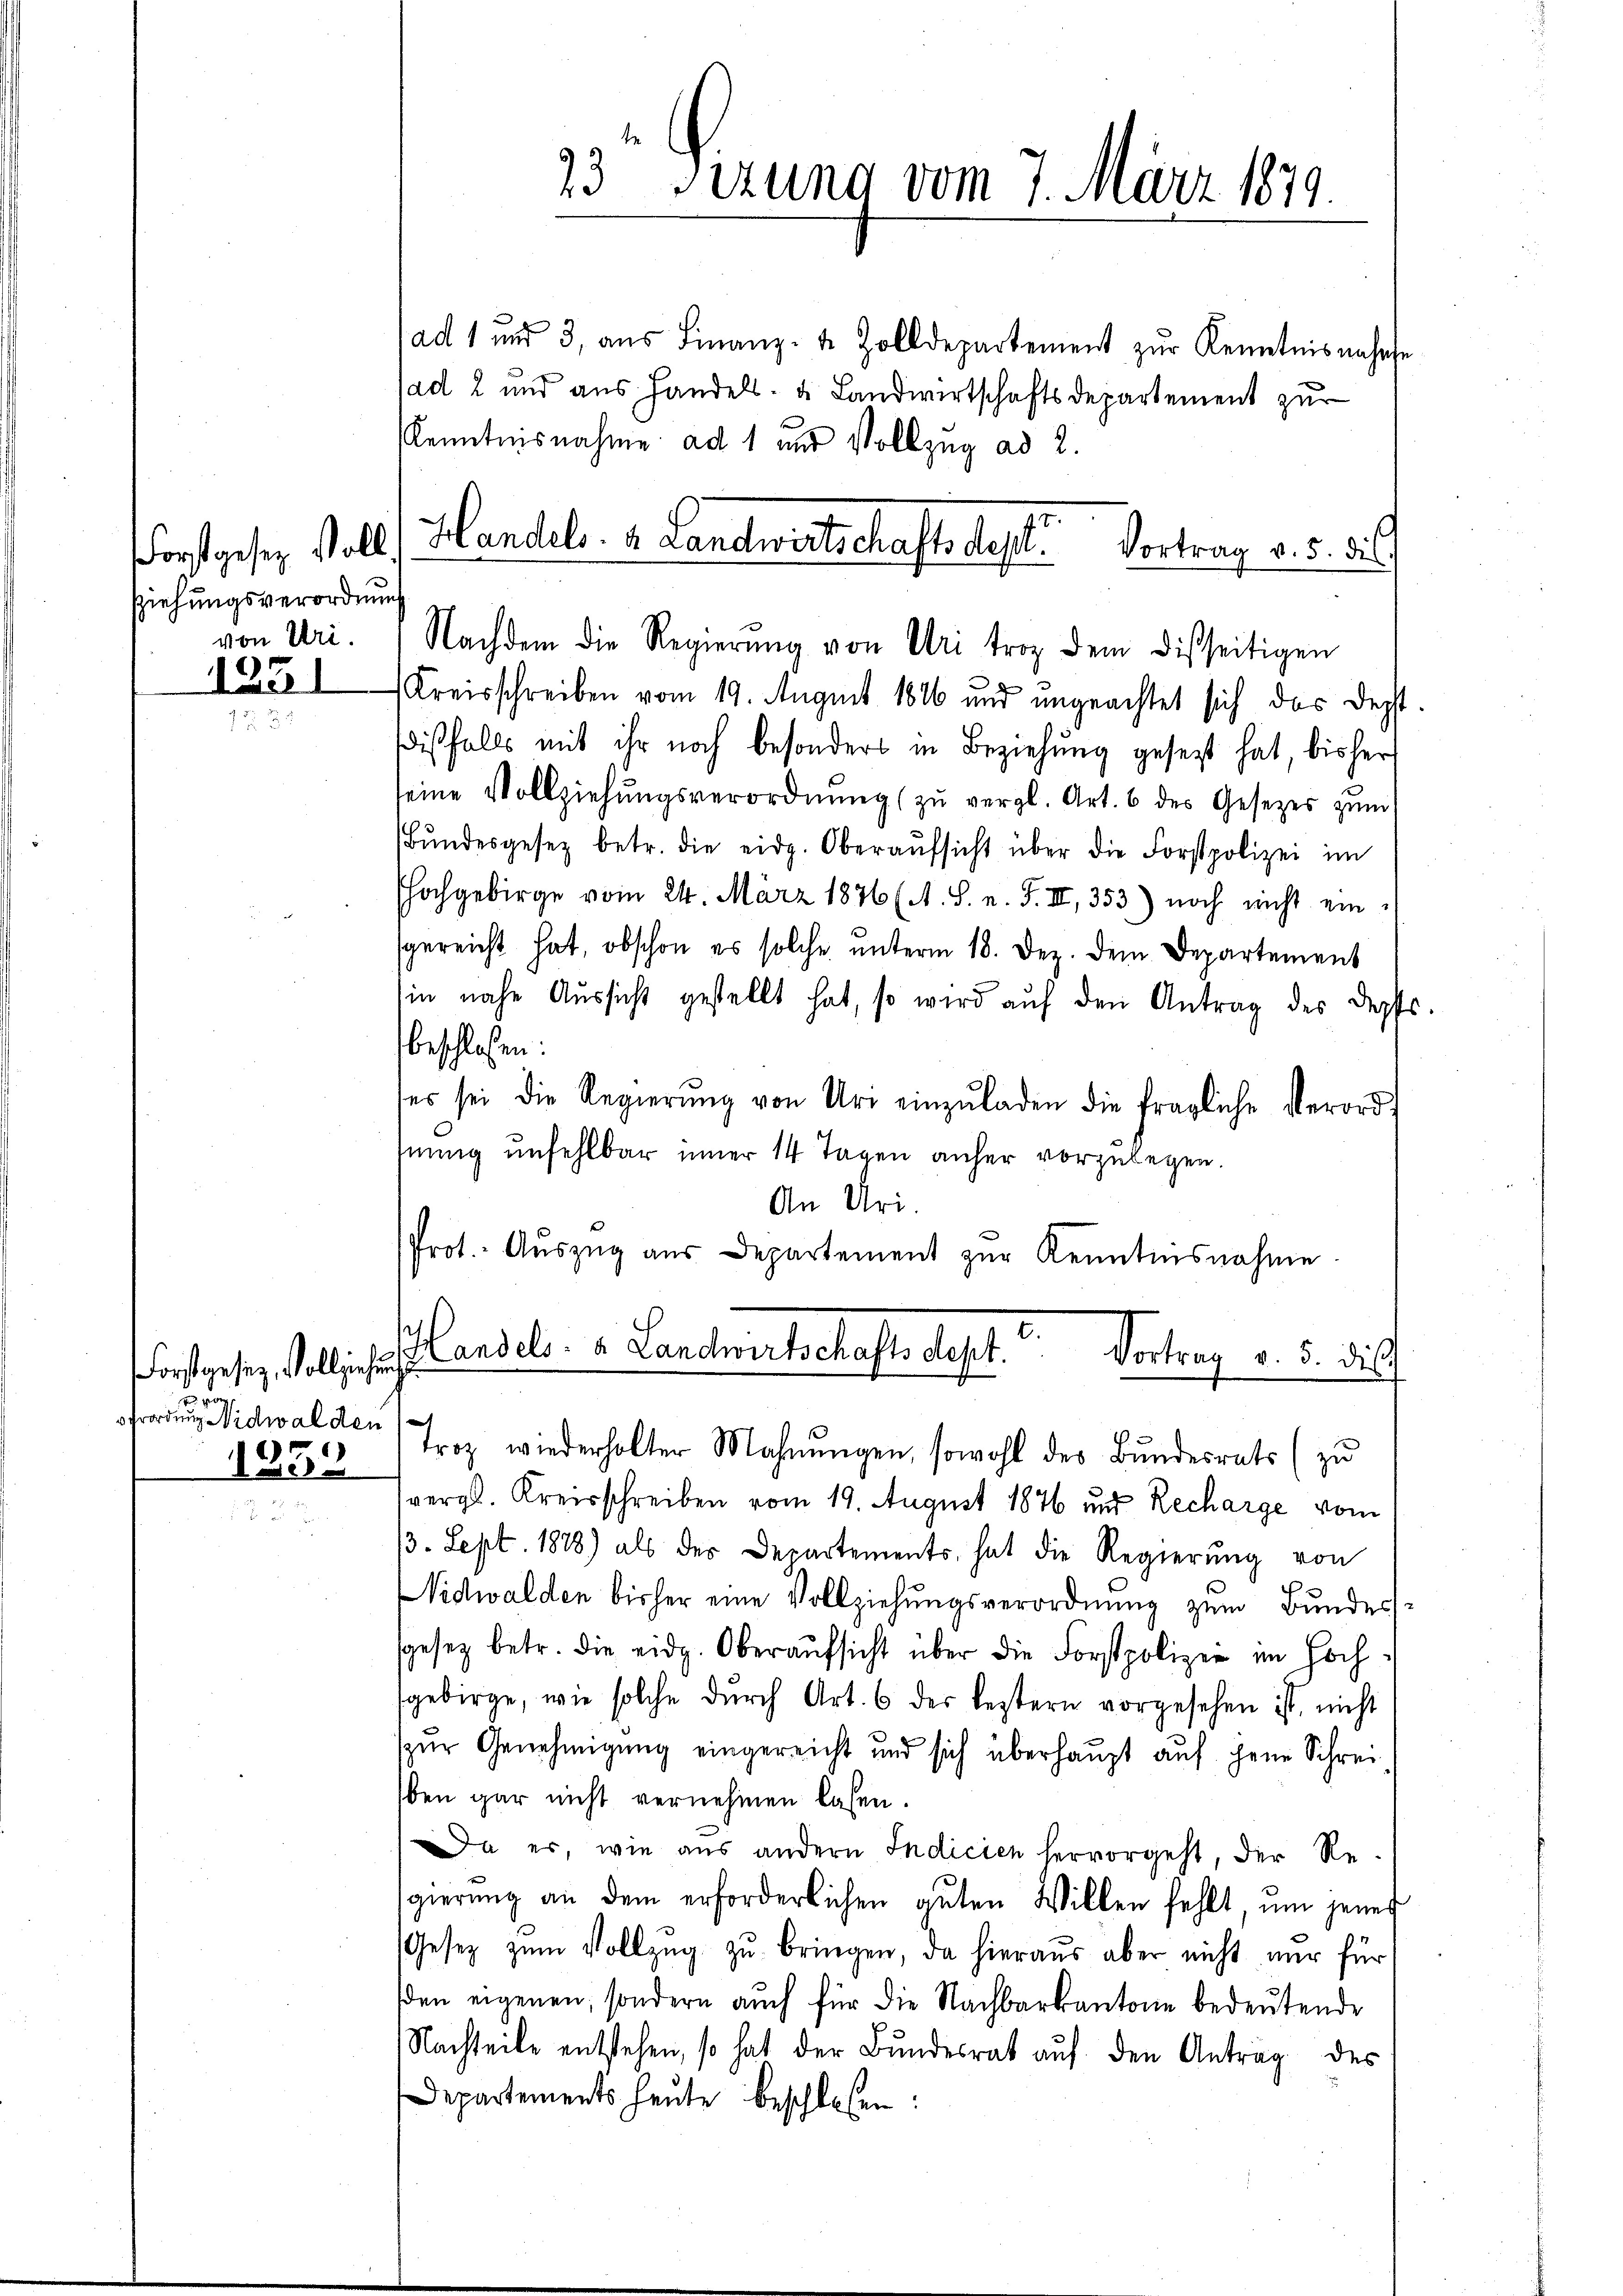
ziehungsverordnung
von Uri.

1251

o
frodung Nidwalden
1335

3 Sizung vom 7. März 1879.

Forstgesez soll (Handels- u. Landwirtschaftsdest. Vortrag v. 5. ds.
Nachdem die Regierŭng von Uri trotz dem disseitigen

ad 1 und 3 aŭs Finanz- u. Zolldepartement zŭr Kenntnis nahese
sad 2 und aus handel. u. Landwirtschaftsdepartement zŭr
Kenntnisnahme ad 1 und Vollzug ad 2.
(Kreisschreiben vom 19. August 1846 und ungeachtet sich das desst.
dißfalls mit ihr noch besonders in Beziehung gesezt hat, bisher
seine Vollziehŭngsverordnŭng zŭ vergl. Art. 6 des Gesetzes zŭm
Bŭndesgesetz betr. die eidg. Oberaŭfsicht über die Forstpolizei im
hochgebirge vom 24. März 1876 (A. S. n. F. II, 353) noch nicht einsgereicht hat, obschon es solche ŭnterm 18. Dez. dem Departement
sin nahe Aussicht gestellt hat, so wird auf den Antrag des Depes
beschloßen:
ter sei die Regierŭng von Uri einzŭladen die fragliche Verord-
sinnig unfehlbar inner 14 Tagen anher vorzulegen.
An Uri.
Prot. Aŭszŭg aŭs Departement zŭr Kenntnisnahme.

Forstgesez Vollinsich Candels. v. Landwirtschaftsdest. Vortrag v. 5. dies

Troz wiederholter Mahnungen, sowohl des Bundesrats (zu
vergl. Kreisschreiben vom 19. August 1876 und Recharge vom
p. Sept. 1888) als der Departements hat die Regierŭng von
Nidwalden bisher eine Vollziehungsverordnung zum Bundessgesetz betr. die eidg. Oberaufsicht über die Forstpolizei im Hochsgebirge, wie solche dŭrch Art. 6 der leztern vorgesehen ist, nicht
zur Genehmigung eingereicht und sich überhaupt auf jene Schreiben gar nicht vernehmen lassen.
Da es, wie aus andern Indicien hervorgeht, der Resgierŭng an dem erforderlichen gŭten Willen fehlt, ŭm jenes
Gesetz zŭm Vollzŭg zŭ bringen, da hieraus aber nicht nur für
sden eigenen, sondern auch für die Nachbarkantone bedeutende
Nachteile entstehen, so hat der Bŭndesrat auf den Anträge des
Departements heute beschlossen: